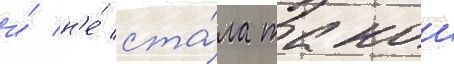
и́ н'е́ ста́ла такои